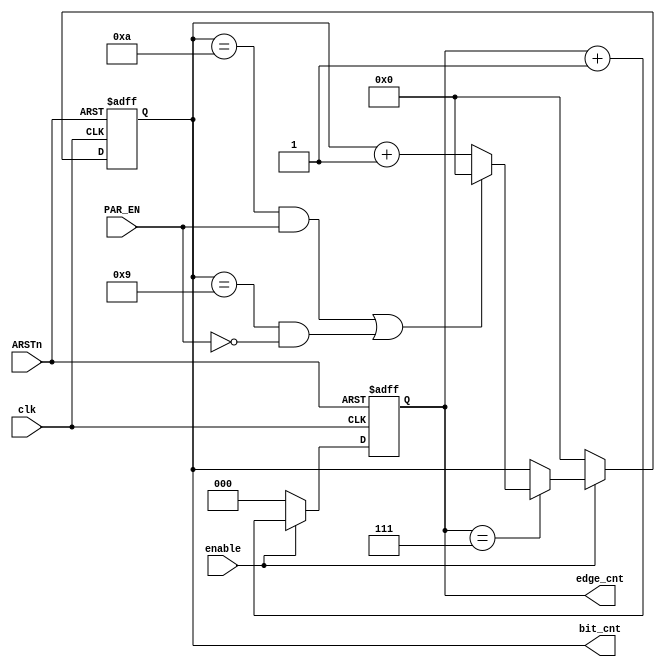
module RX_edge_counter (
	input      clk,    // Clock
	input      ARSTn,  // Asynchronous reset active low
	input      enable,
	input      PAR_EN,
	output reg [2:0] edge_cnt,	
	output reg [3:0] bit_cnt
);

always @(posedge clk or negedge ARSTn) begin
	if(~ARSTn) begin
		edge_cnt <= 0;
		bit_cnt <= 0;
	end

	else begin
		if(enable)  begin
			if(edge_cnt==3'd7) begin
				if((bit_cnt=='d10 && PAR_EN==1) || (bit_cnt=='d9 && PAR_EN==0))
					bit_cnt<=0;
			else 
				 bit_cnt<=bit_cnt+1'b1;

			 edge_cnt<=edge_cnt+1'b1;
			end
         
			else 
				edge_cnt<=edge_cnt+1'b1;
		end

		else begin
		   edge_cnt <= 0;
		   bit_cnt <= 0;			
		end
	end
end

endmodule